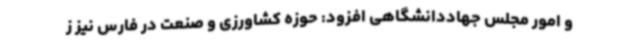
و امور مجلس جهاددانشگاهی افزود: حوزه کشاورزی و صنعت در فارس نیز ز